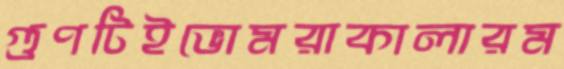
গুণটিইভোমরাকালারম